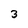
Character: 3